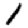
Digit: 1